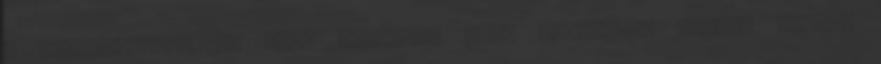
- tájékoztatta az E.ON Hungária Zrt. szóvivője péntek reggel